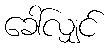
ခေါ်လျှင်